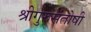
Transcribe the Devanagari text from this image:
श्रीगुरुसंतोषी